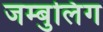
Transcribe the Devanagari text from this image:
जम्बुलिंग